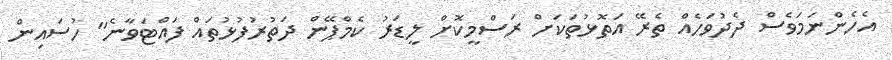
އެހެންނަމަވެސް ދެދުވަހެއް ތެރޭ އަތޮޅުތަކަށް ރަސްމީކޮށް ލީޑަރު ކެމްޕޭން ދަތުރުފުޅުތައް ފައްޓަވާނެ" ހުސައިން